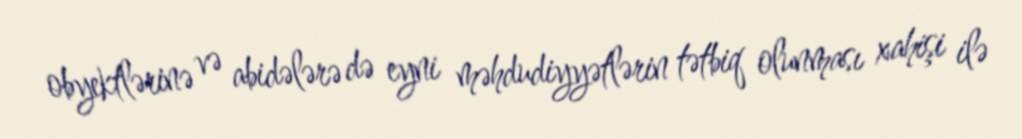
obyektlərinə və abidələrə də eyni məhdudiyyətlərin tətbiq olunması xahişi ilə